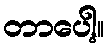
တာပေါ့။